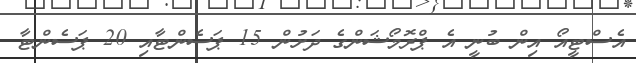
އެސްޓީއޯ އިން ބުނީ އެ ޕްރޮމޯޝަންގެ ދަށުން 15 ޕަސެންޓާއި 20 ޕަސެންޓާ